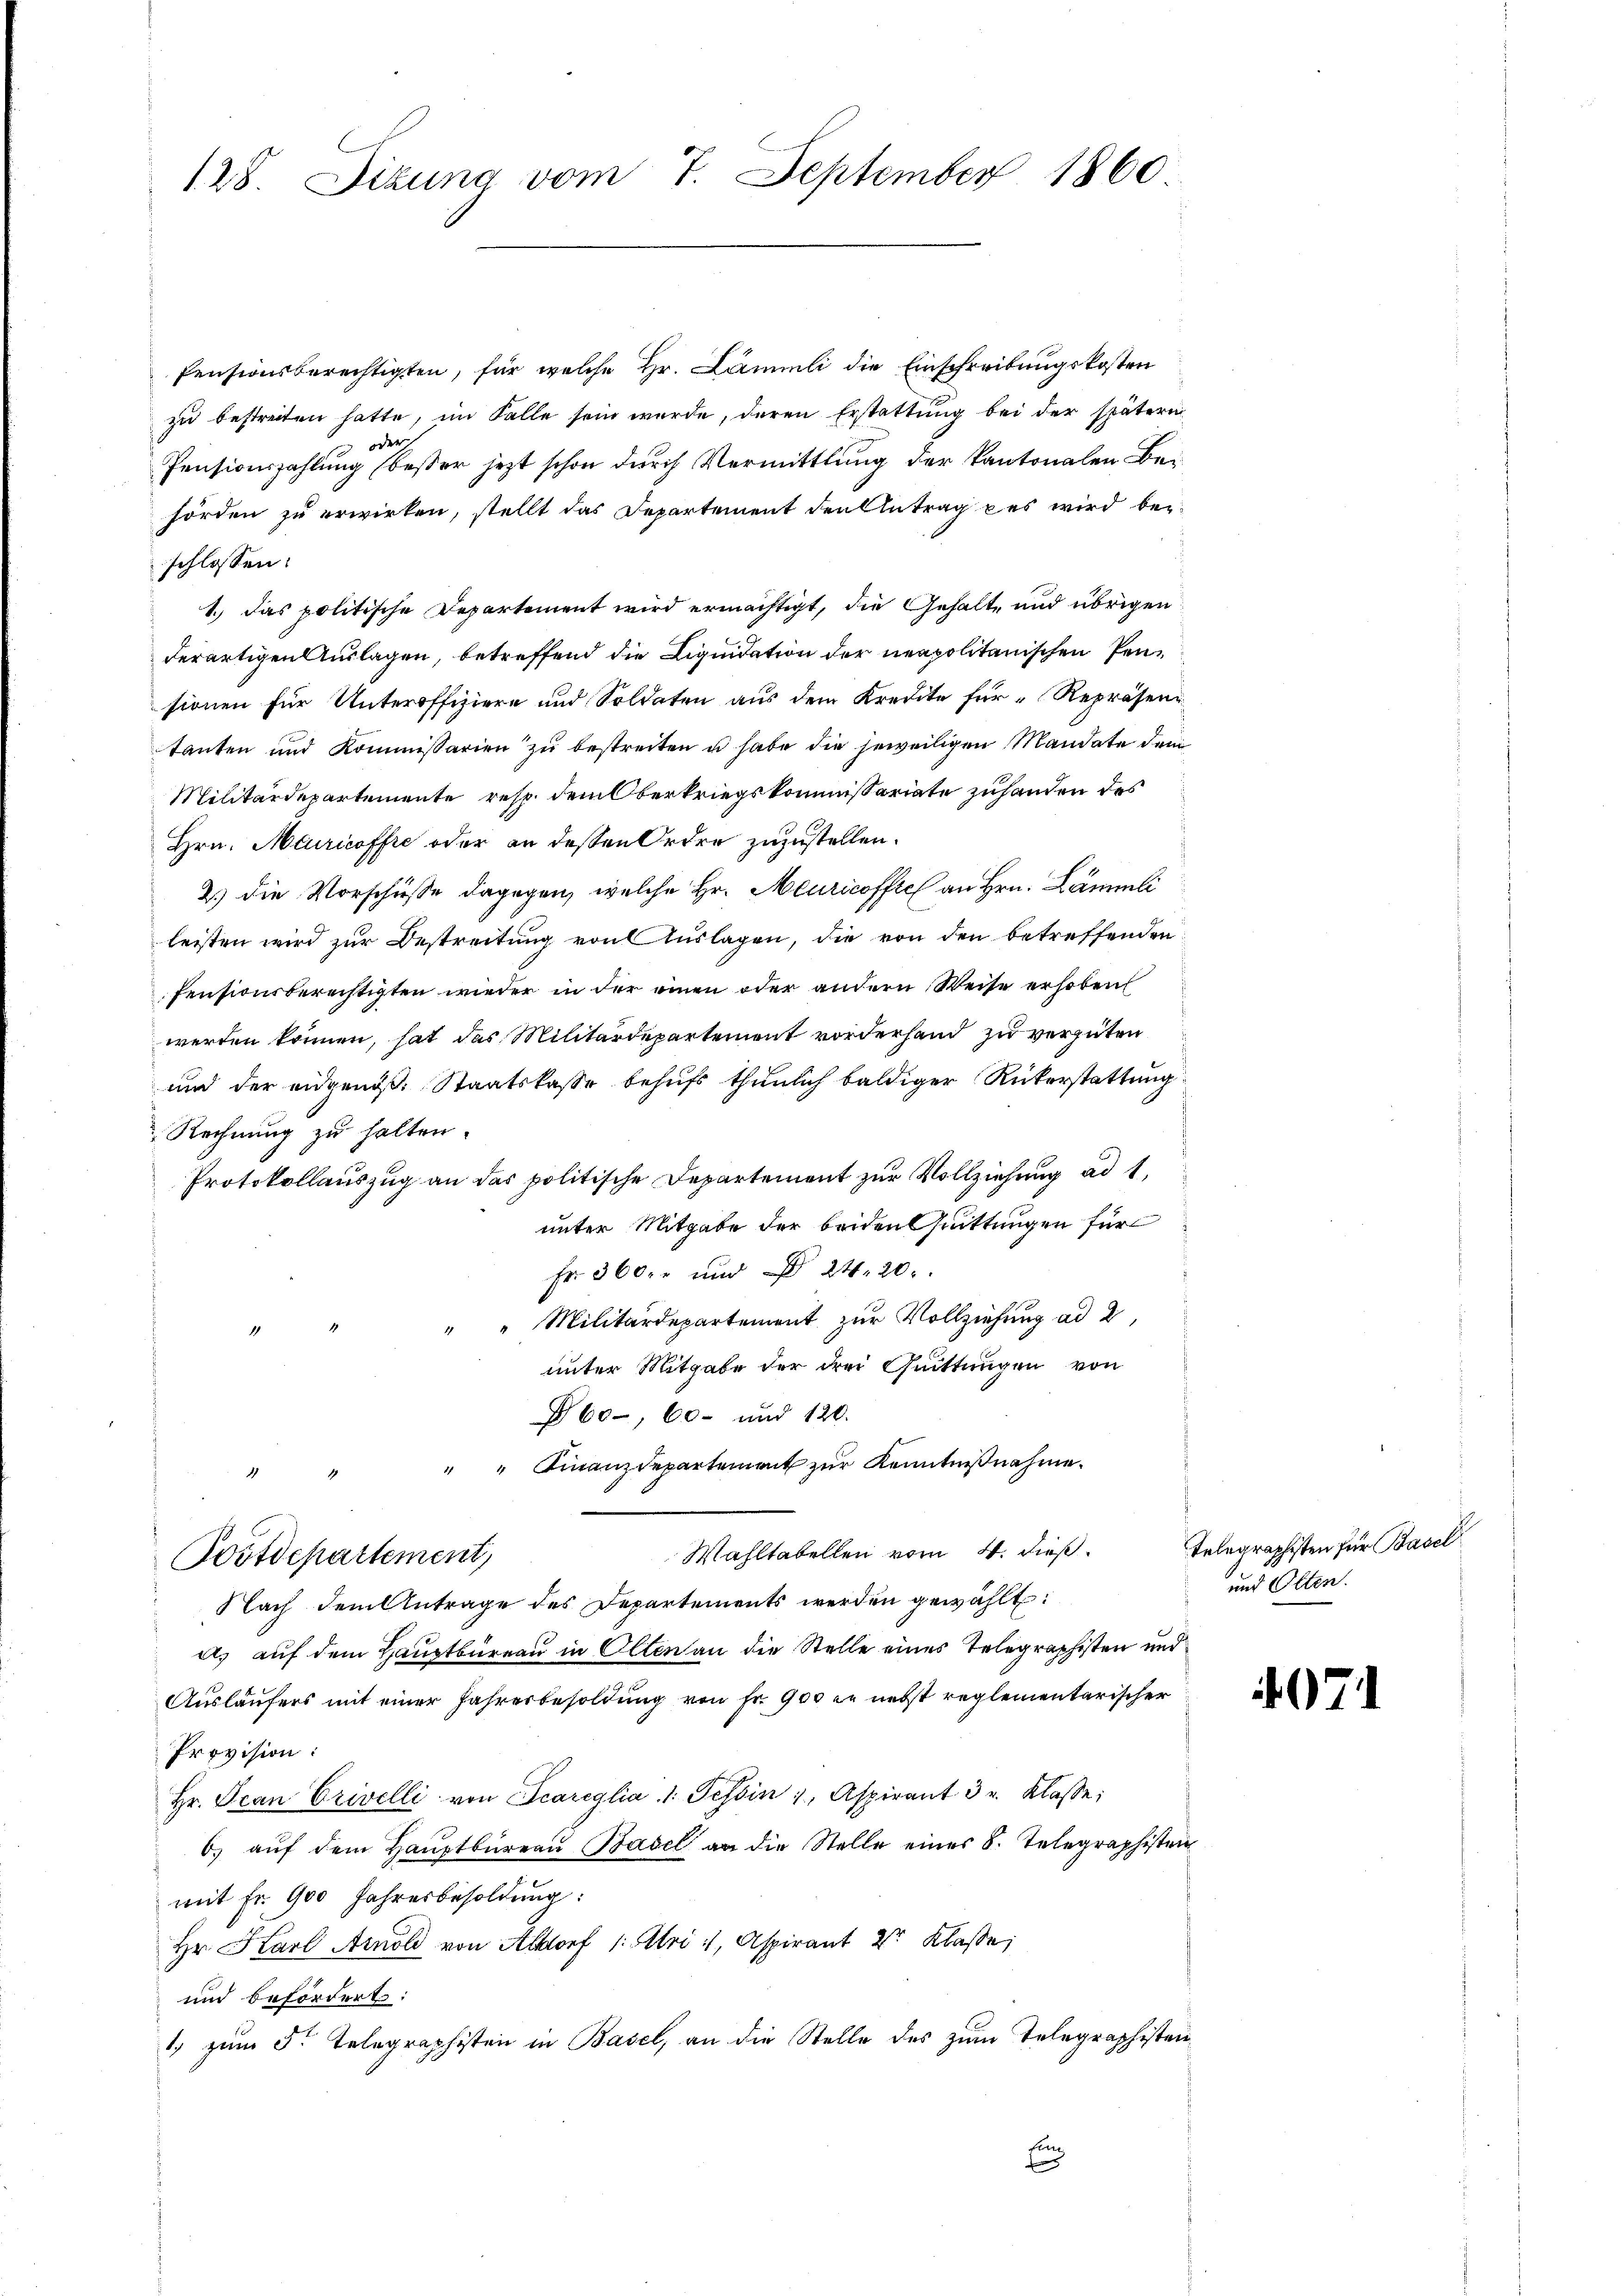
128 Sizung vom 7. September 1860

Pensionsberechtigten, für welche Hr. Lämmli die Einschreibungskosten
zu bestreiten hatte, im Falle sein wurde, deren Erstattung bei der spätern
oder
Pensionszahlung (besser jetzt schon durch Vermittlung der kantonalen Behörden zu erwirken, stellt das Departement den Antrag des wird beschlossen:
1.) Das politische Departement wird ermächtigt, die Gehalte und übrigen
derartigen Auslagen, betreffend die Liquidation der neapolitanischen Pensionen für Unteroffiziere und Soldaten aus dem Kredite für Repräsen
tanten und Kommissarien zu bestreiten u habe die jeweiligen Mandate dem
Militärdepartemente resp. dem Oberkriegskommissariate zuhanden des
Hrn. Meuricoffre oder an dessen Ordre zuzustellen.
2.) Die Vorschüsse dagegen, welche Hr. Meuricoffich an Hrn. Lämmli
leisten wird zur Bestreitung von Auslagen, die von den betreffenden
fensionsberechtigten wieder in der einen oder andern Weise erhoben
werden können, hat das Militärdepartement vorderhand zu vergüten
und der eidgenöß: Staatskasse behufs thunlich baldiger Rükerstattung
Rechnung zu halten.
Protokollauszug an das politische Departement zur Vollziehung ad 1,
unter Mitgabe der beiden Quittungen für
Fr 360 und 24. 20.
" " Militärdepartement zur Vollziehung ad 2
unter Mitgabe der drei Quittungen von
860, 60 und 120.
" " Finanzdepartement zur Kenntnißnahme.
Wahltabellen vom 4. dieß.
Postdepartement,
Nach dem Antrage des Departements werden gewählt:
a) auf dem Hauptbüreau in Olten an die Stelle eines Telegraphisten und
Ausläufers mit einer Jahresbesoldung von Fr. 900 in nebst reglementarischer
Provision:
Hr. Jean Crivelli von Scareglia 1. Tessin, Aspirant 3 u. Klasse:
6. aŭf dem Haŭptbüreaŭ Basel an die Stelle eines 8. Telegraphisten
mit Fr. 900 Jahresbesoldung:
Hr. Karl Arnold von Altorf 1: Uri, Aspirant 2r Klasse;
und befördert:
1 zum 5. Telegraphisten in Basel, an die Stelle des zum Telegraphistenn

Telegraphisten für Basel
und Olten.

407.